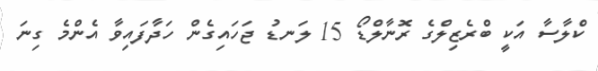
ކްލާސާ އަކީ ބްރެޒިލްގެ ރޮނާލްޑޯ 15 ލަނޑު ޖަހައިގެން ހަދާފައިވާ އެންމެ ގިނަ